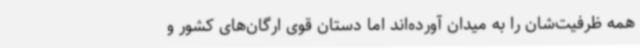
همه ظرفیت‌شان را به میدان آورده‌اند اما دستان قوی ارگان‌های کشور و